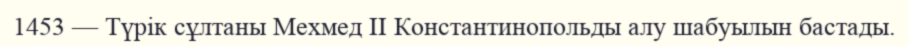
1453 — Түрік сұлтаны Мехмед II Константинопольды алу шабуылын бастады.